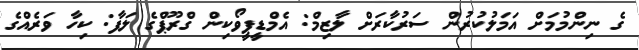
ގެ ނިންމުމަށް އަމަލުކުރުން ސަރުކާރަށް ލާޒިމް: އެމްޑީޕީވޯކިން ގްރޫޕްގެ ލަފާ: ކިހާ ވަރެއްގެ